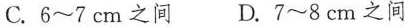
C.6~7cm之间 D.7~8cm之间